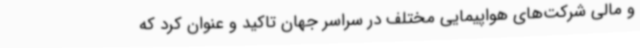
و مالی شرکت‌های هواپیمایی مختلف در سراسر جهان تاکید و عنوان کرد که